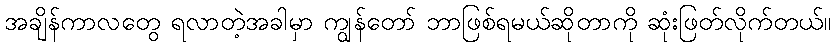
အချိန်ကာလတွေ ရလာတဲ့အခါမှာ ကျွန်တော် ဘာဖြစ်ရမယ်ဆိုတာကို ဆုံးဖြတ်လိုက်တယ်။